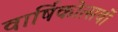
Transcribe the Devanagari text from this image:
वार्षिकोत्सवों